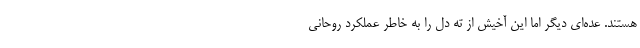
هستند. عده‌ای دیگر اما این آخیش از ته دل را به خاطر عملکرد روحانی